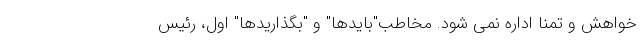
خواهش و تمنا اداره نمی شود. مخاطب"بایدها" و "بگذاریدها" اول، رئیس